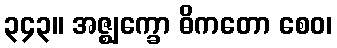
၃၄၃။ အဇ္ဈက္ခော ဓိကတော စေဝ၊